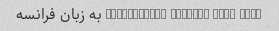
Translate "What's your name?" به زبان فرانسه